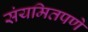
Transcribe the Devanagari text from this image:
संयमितपणे